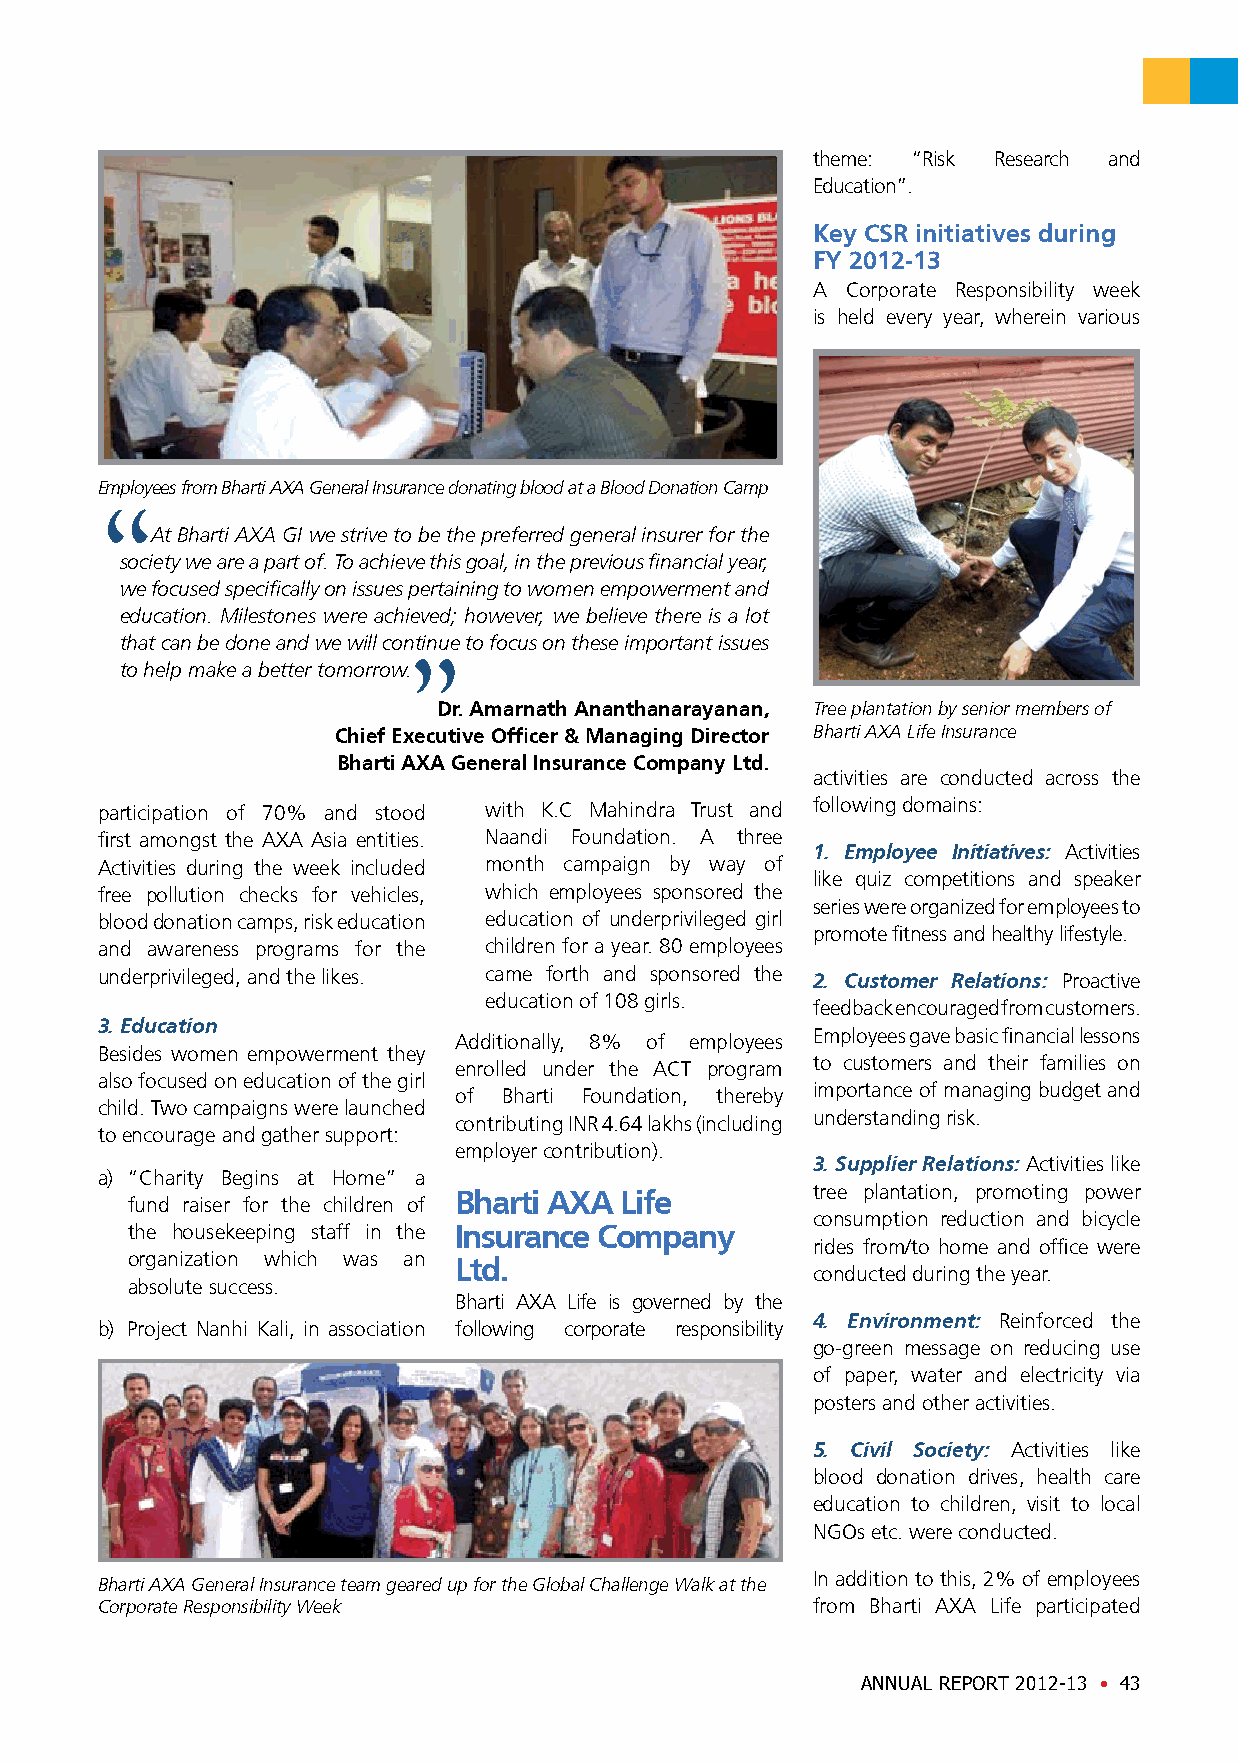
theme: “Risk Research and
 Education”.
 Key CSR initiatives during
 FY 2012-13
 A Corporate Responsibility week
 is held every year, wherein various
 Employees from Bharti AXA General Insurance donating blood at a Blood Donation Camp
 At Bharti AXA GI we strive to be the preferred general insurer for the
 society we are a part of. To achieve this goal, in the previous financial year,
 we focused specifically on issues pertaining to women empowerment and
 education. Milestones were achieved; however, we believe there is a lot
 that can be done and we will continue to focus on these important issues
 to help make a better tomorrow.
 Dr. Amarnath Ananthanarayanan, Tree plantation by senior members of
 Chief Executive Officer & Managing Director Bharti AXA Life Insurance
 Bharti AXA General Insurance Company Ltd.
 activities are conducted across the
 participation of 70% and stood with K.C Mahindra Trust and following domains:
 first amongst the AXA Asia entities. Naandi Foundation. A three
 1. Employee Initiatives: Activities
 Activities during the week included month campaign by way of
 like quiz competitions and speaker
 free pollution checks for vehicles, which employees sponsored the
 series were organized for employees to
 blood donation camps, risk education education of underprivileged girl
 promote fitness and healthy lifestyle.
 and awareness programs for the children for a year. 80 employees
 underprivileged, and the likes. came forth and sponsored the 2. Customer Relations: Proactive
 education of 108 girls.
 feedback encouraged from customers.
 3. Education
 Additionally, 8% of employees Employees gave basic financial lessons
 Besides women empowerment they
 enrolled under the ACT program to customers and their families on
 also focused on education of the girl
 of Bharti Foundation, thereby importance of managing budget and
 child. Two campaigns were launched
 contributing INR 4.64 lakhs (including understanding risk.
 to encourage and gather support:
 employer contribution).
 3. Supplier Relations: Activities like
 a) “Charity Begins at Home” a
 tree plantation, promoting power
 Bharti AXA Life
 fund raiser for the children of
 consumption reduction and bicycle
 the housekeeping staff in the Insurance Company
 rides from/to home and office were
 organization which was an Ltd.
 conducted during the year.
 absolute success.
 Bharti AXA Life is governed by the
 4. Environment: Reinforced the
 b) Project Nanhi Kali, in association following corporate responsibility
 go-green message on reducing use
 of paper, water and electricity via
 posters and other activities.
 5. Civil Society: Activities like
 blood donation drives, health care
 education to children, visit to local
 NGOs etc. were conducted.
 In addition to this, 2% of employees
 Bharti AXA General Insurance team geared up for the Global Challenge Walk at the
 Corporate Responsibility Week                   from Bharti AXA Life participated
 ANNUAL REPORT 2012-13 • 43